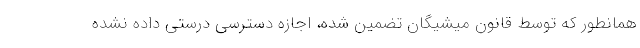
همانطور که توسط قانون میشیگان تضمین شده، اجازه دسترسی درستی داده نشده